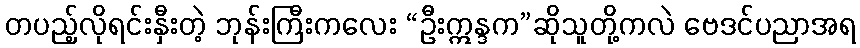
တပည့်လိုရင်းနှီးတဲ့ ဘုန်းကြီးကလေး “ဦးဣန္ဒက”ဆိုသူတို့ကလဲ ဗေဒင်ပညာအရ